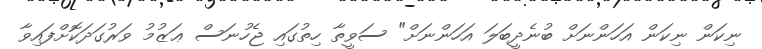
ނިކަން ނިކަން އަހަންނަށް ބުނެދީބަލަ އަހަންނަށް" ސަވީތާ ހިތުގައި ޖެހުނަސް ޢަޒުމު ވަރުގަދަކޮށްފައިވާ